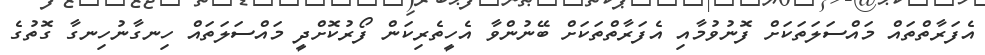
އެފަރާތްތައް މައްސަލަތަކަށް ފޮނުވުމާއި އެފަރާތްތަކަށް ބޭނުންވާ އެހީތެރިކަން ފޯރުކޮށްދީ މައްސަލަތައް ހިނގާނުހިނގާ ގޮތުގެ